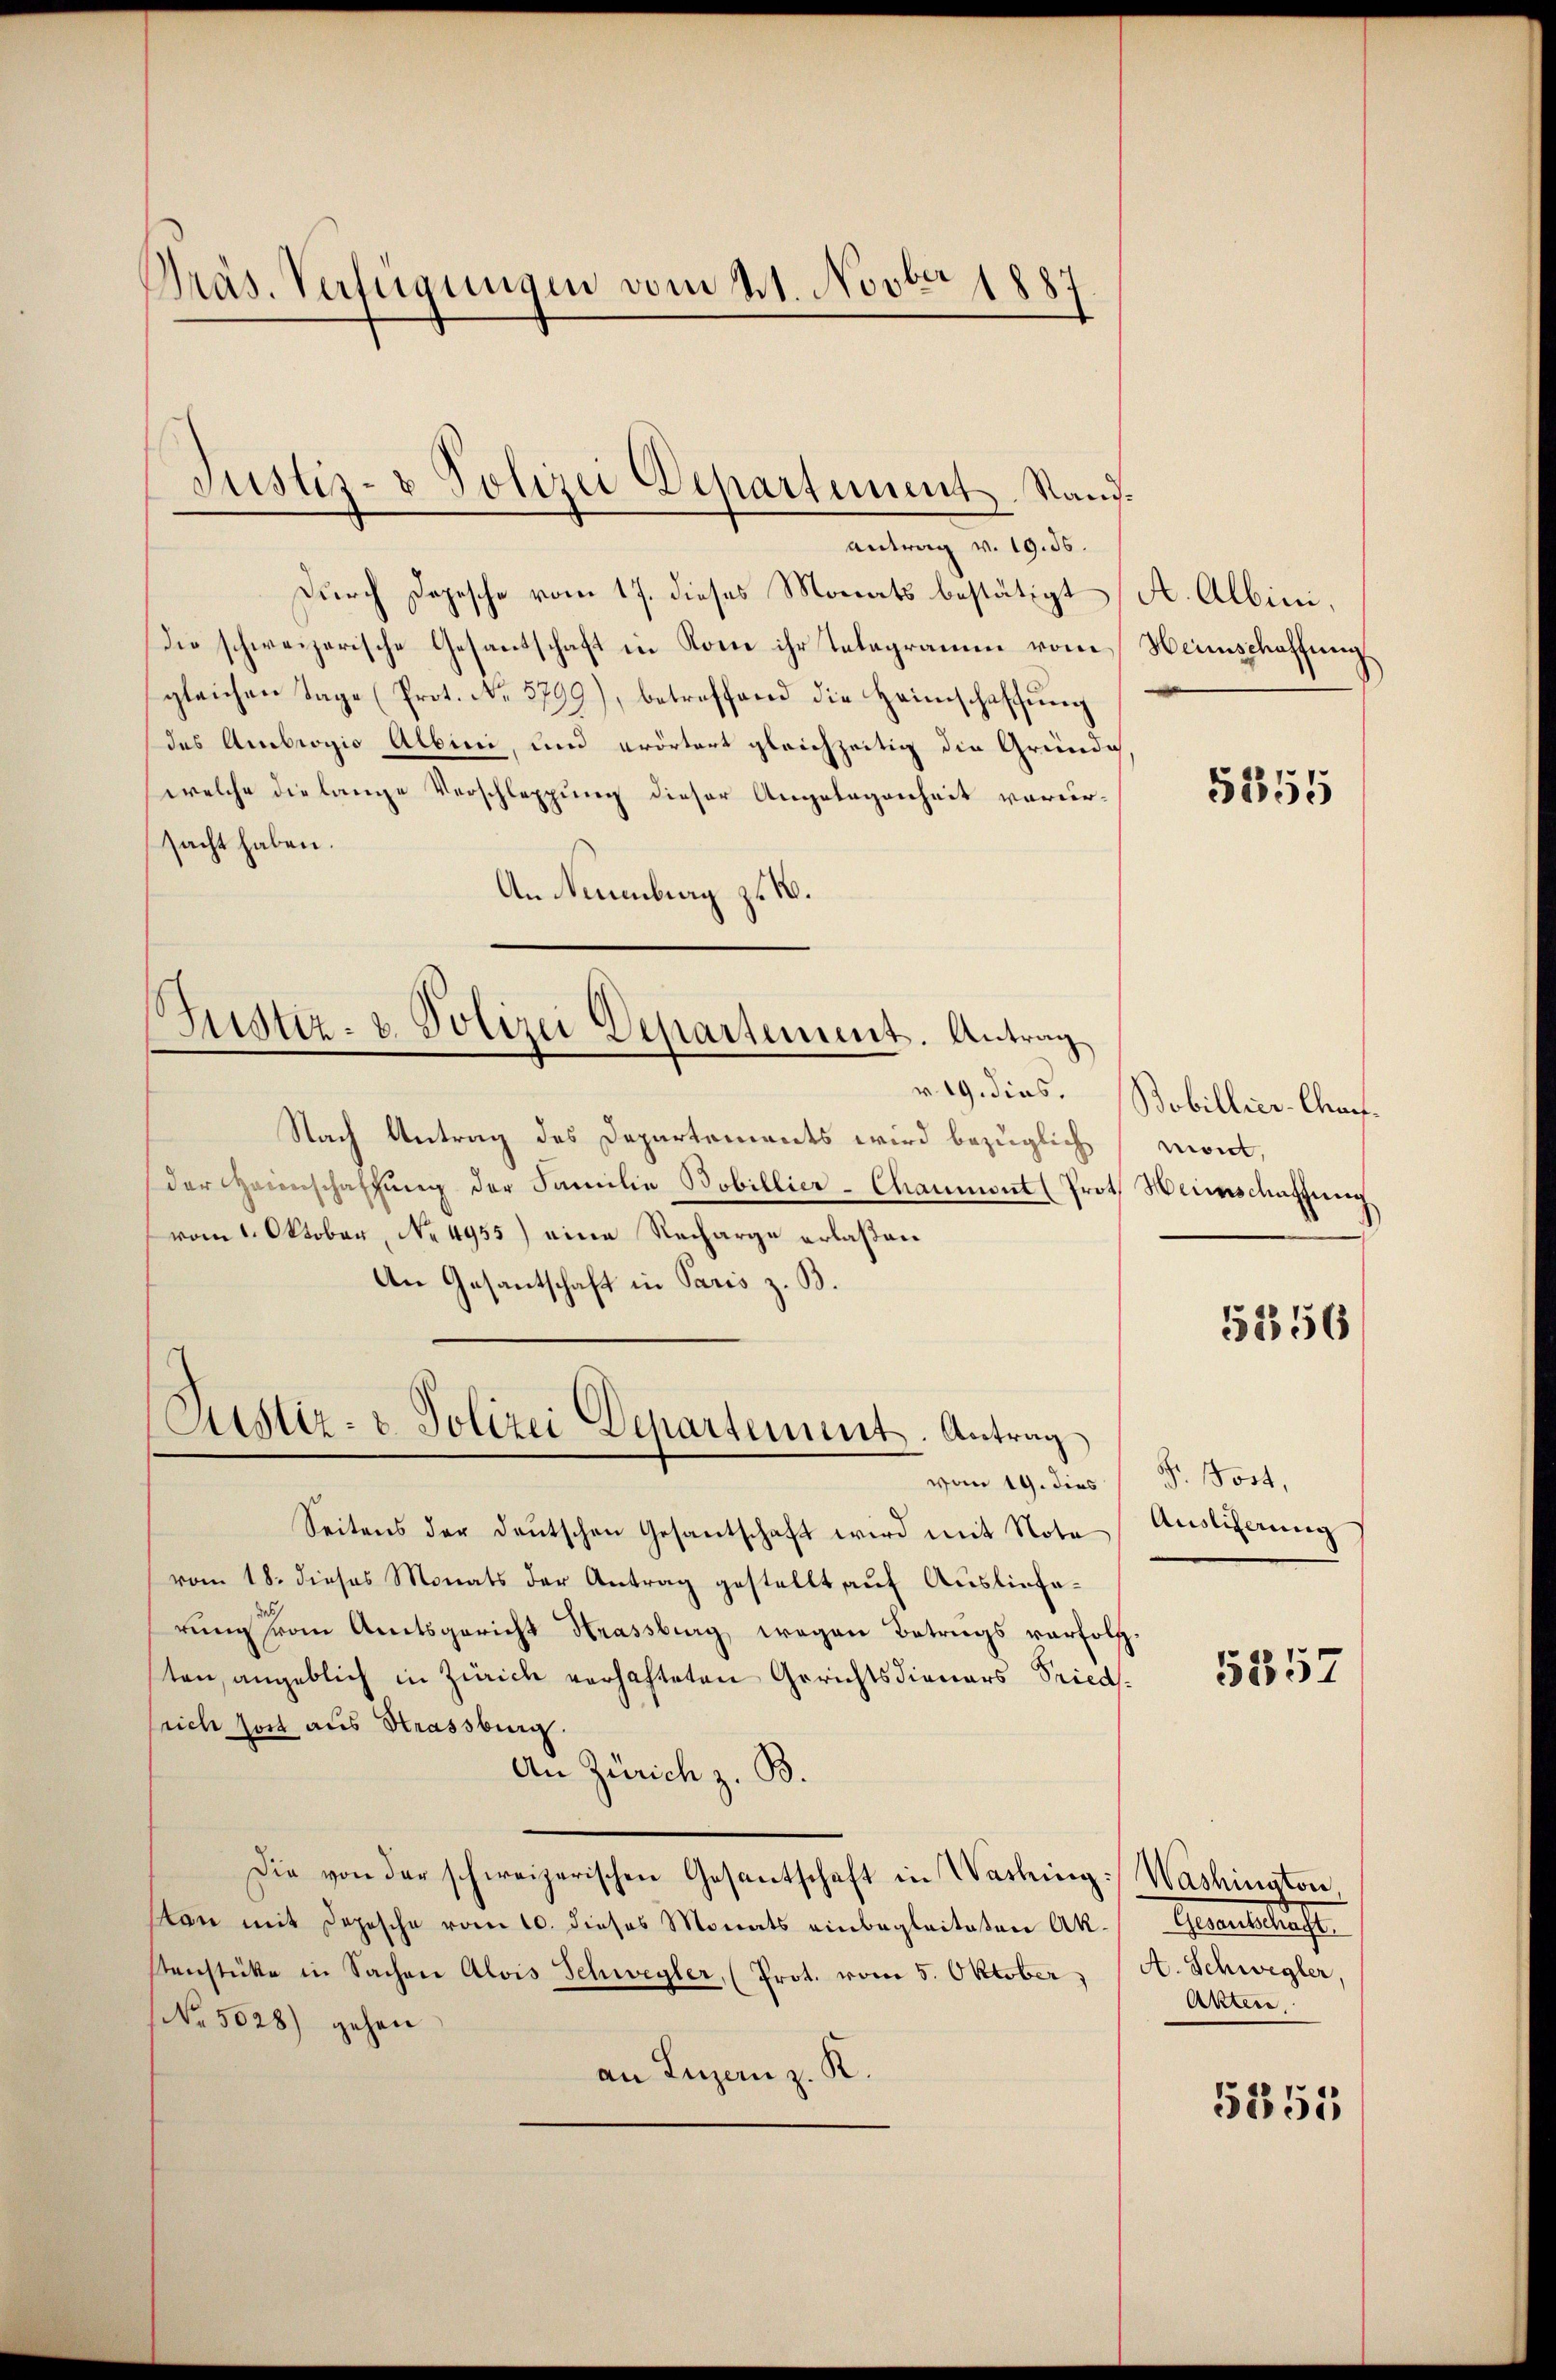
Präs. Verfügungen vom 21. Novber 1887

Durch Depesche vom 17. dieses Monats bestätigt (A. Albini,
Die schweizerische Gesantschaft in Rom ihr Telegramm vom Heimschaffung
gleichen Tage (Prot. No. 5799), betreffend die Heimschaffung
das Ambrogio Albini, und erörtert gleichzeitig die Gründe.
welche die lange Verschleppung dieser Angelegenheit verursacht haben.
An Neuenburg z. B.

Justiz- & Polizei Departement. Stand.
Antrag v. 19. 56.

Justiz- u. Polizei Departement. Antrag
v. 19. dies.

Nach Antrag des Departements wird bezüglich
der Heinschaffŭng der Familie Bobillier-Chaumont (Prot. Heimschaffung
vom 1. Oktober, No 4955) eine Recharge erlaßen
An Gesantschaft in Paris z. B.
Seitens der deutschen Gesantschaft wird mit Note
vom 18. dieses Monats der Antrag gestellt auf Ausliefe¬
5/
rung vom Amtsgericht Hrassburg wegen Betrugs verfolgten, angeblich in Zürich verhafteten Gerichtsdieners Fried
srich fort aus Strassburg.
An Zürich z. B.
Die von der schweizerischen Gesantschaft in Washing Washington,
sten mit Depesche vom 10. dieses Monats einbegleiteten Ak- Gesantschaft
stenstüke in Sachen Alois Schwegler, (Prot. vom 5. Oktober)
(No. 5028) gehen
an Luzern z. K.

Justiz- & Polizei Departement. Antrag
vom 19. dies

5355

Bobillier-Charf.
mont,

5356

Fr. Jost,
Auslicherung

5357

A. Schwegler,
Artere

5355